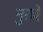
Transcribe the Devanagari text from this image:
नुरावे